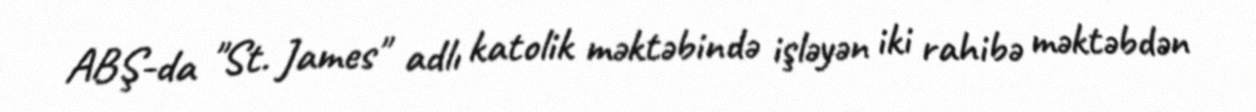
ABŞ-da "St. James" adlı katolik məktəbində işləyən iki rahibə məktəbdən